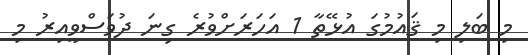
މި ބަލި މި ޤައުމުގަ އުޅޭތާ 1 އަހަރަށްވުރެ ގިނަ ދުވަސްވީއިރު މި